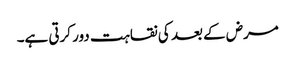
مرض کے بعد کی نقاہت دور کرتی ہے۔